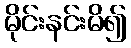
မိုင်းနင်းမိ၍